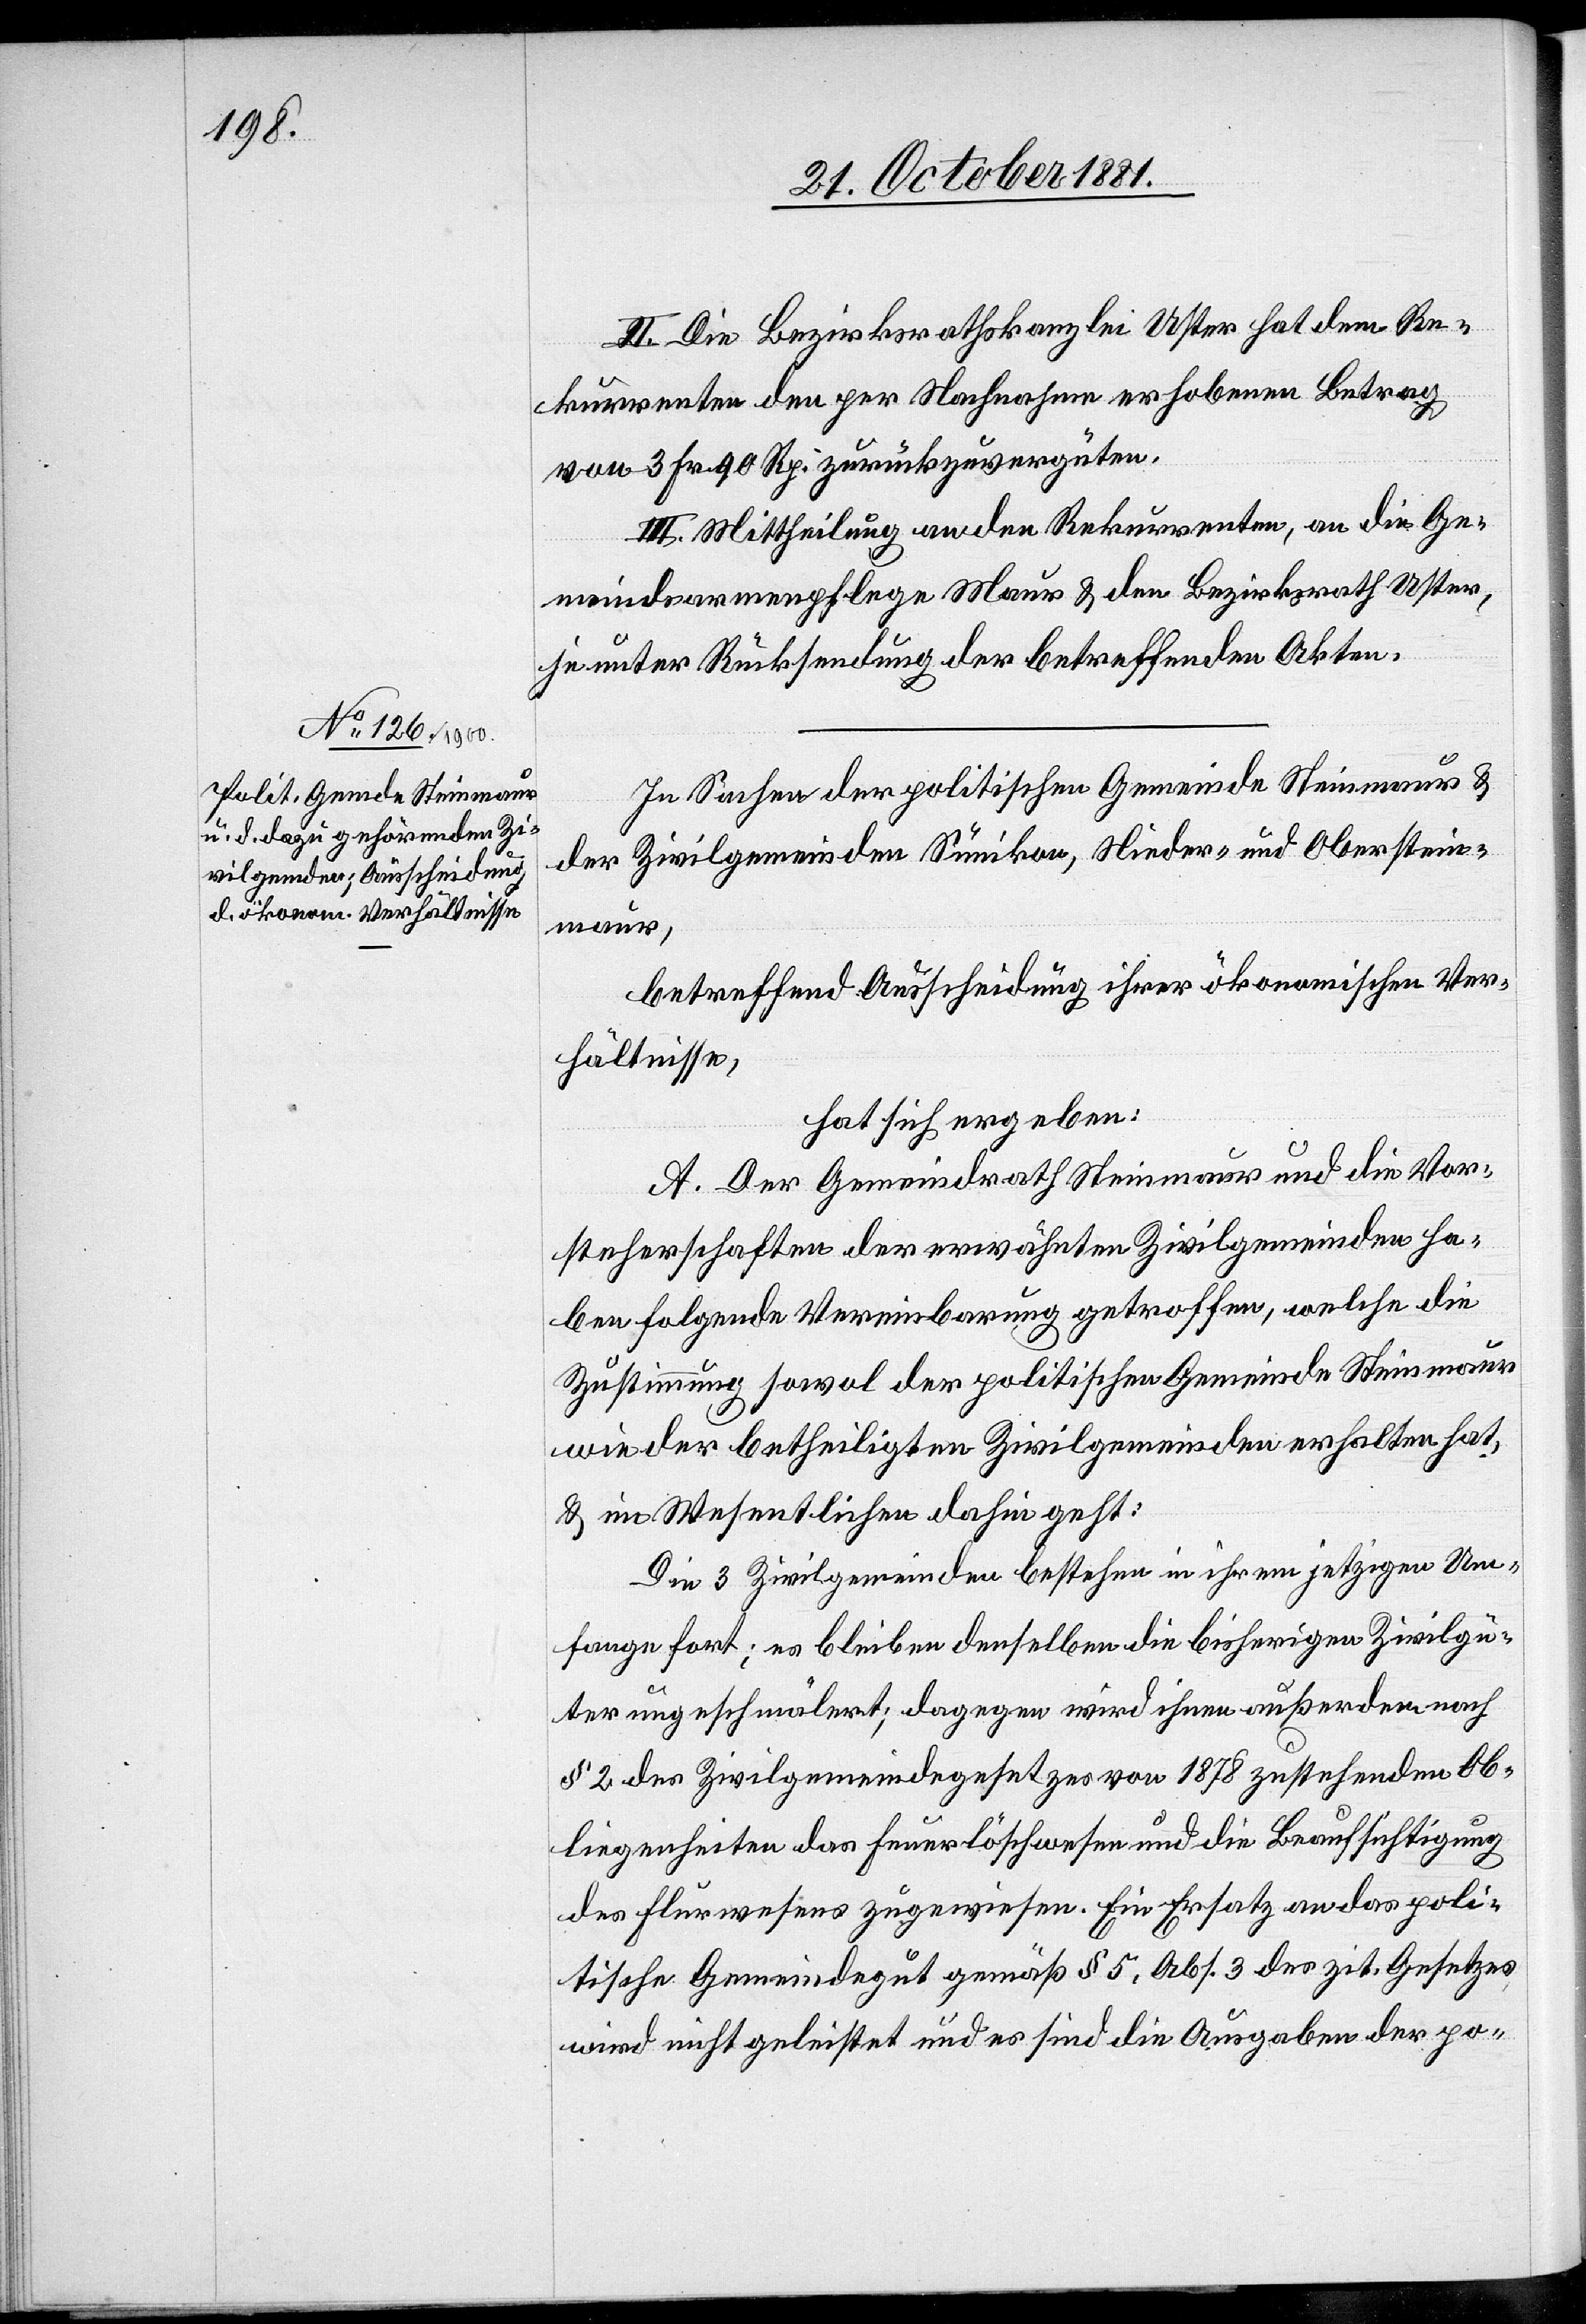
II. Die Bezirksrathskanzlei Uster hat dem Re¬
kurrenten den per Nachnahme erhobenen Betrag
von 3 Fr. 90 Rp. zurückzuvergüten.
III. Mittheilung an den Rekurrenten, an die Ge¬
meindsarmenpflege Maur & den Bezirksrath Uster,
je unter Rücksendung der betreffenden Akten.
In Sachen der politischen Gemeinde Steinmaur &
der Zivilgemeinden Sumikon [recte: Zumikon],
betreffend Ausscheidung ihrer ökonomischen Ver¬
hältnisse
hat sich ergeben:
A. Der Gemeindrath Steinmaur und die Vor¬
steherschaften der erwähnten Zivilgemeinden ha¬
ben folgende Vereinbarung getroffen, welche die
Zustimmung sowol der politischen Gemeinde Steinmaur
wie der betheiligten Zivilgemeinden erhalten hat,
& im Wesentlichen dahin geht:
Die 3 Zivilgemeinden bestehen in ihrem jetzigen Um¬
fange fort; es bleiben denselben die bisherigen Zivilgü¬
ter ungeschmälert; dagegen wird ihnen außerdem nach
§ 2 des Zivilgemeindegesetzes von 1878 zustehenden Ob¬
liegenheiten des Feuerlöschwesens und die Beaufsichtigung
des Flurwesens zugewiesen. Ein Ersatz an das poli¬
tische Gemeindegut gemäß § 5, Abs. 3 des zit. Gesetzes
wird nicht geleistet und es sind die Ausgaben der po-